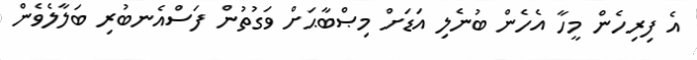
އެ ފިރިހެން މީހާ އެހެން ބުނެލި އަޑަށް މިޞްބާޙަށް ވަގުތުން ފަސްއެނބުރި ބަލާލެވެން